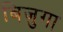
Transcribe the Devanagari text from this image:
बिजुगा